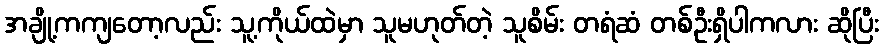
အချို့ကကျတော့လည်း သူ့ကိုယ်ထဲမှာ သူမဟုတ်တဲ့ သူစိမ်း တရံဆံ တစ်ဦးရှိပါကလား ဆိုပြီး